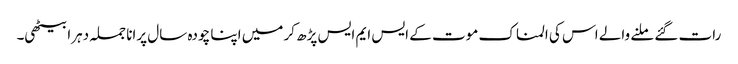
رات گئے ملنے والے اس کی المناک موت کے ایس ایم ایس پڑھ کر میں اپنا چودہ سال پرانا جملہ دہرا بیٹھی۔